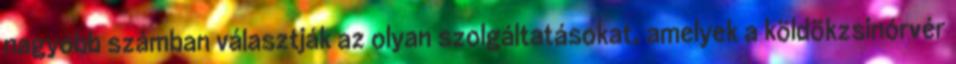
nagyobb számban választják az olyan szolgáltatásokat, amelyek a köldökzsinórvér